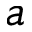
{ a }